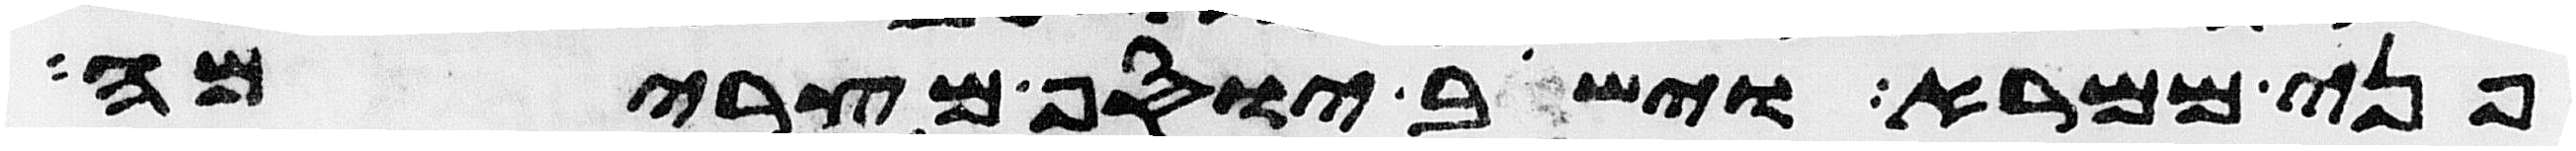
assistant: פני ממרא וישב יוסף מצרימה